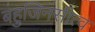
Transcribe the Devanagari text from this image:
बहुजिनसीत्व